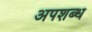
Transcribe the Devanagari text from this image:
अपशब्ध